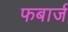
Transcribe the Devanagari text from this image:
फबार्ज